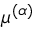
\mu ^ { ( \alpha ) }